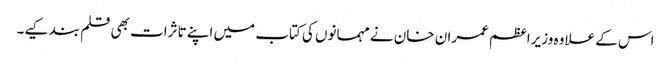
اس کے علاوہ وزیراعظم عمران خان نے مہمانوں کی کتاب میں اپنے تاثرات بھی قلم بند کیے۔